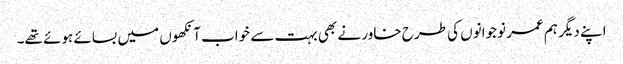
اپنے دیگر ہم عمر نوجوانوں کی طرح خاور نے بھی بہت سے خواب آنکھوں میں بسائے ہوئے تھے۔